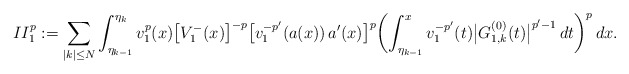
\begin{align*}II_1^p:=\sum_{|k|\le N}\int_{\eta_{k-1}}^{\eta_k} v_1^{p}(x)\bigl[V_1^-(x)\bigr]^{-p}\bigl[v_1^{-p'}(a(x))\,a'(x)\bigr]^p \biggl(\int_{\eta_{k-1}}^x v_1^{-p'}(t) \bigl|G^{(0)}_{1,k}(t)\bigr|^{p'-1}\,dt\biggr)^p\,dx.\end{align*}